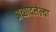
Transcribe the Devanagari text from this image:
अच्छादलेल्या